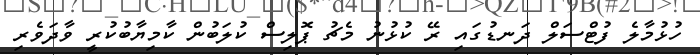
ހުޅުމާލެ ފުޓްސަލް ދަނޑުގައި ރޭ ކުޅުނު މެޗު ޕޮލިސް ކުލަބުން ކާމިޔާބުކުރީ ވާދަވެރި